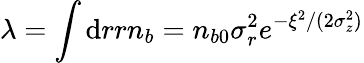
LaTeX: \lambda=\int\mathrm{d}rrn_{b}=n_{b0}\sigma_{r}^{2}e^{-\xi^{2}/(2\sigma_{z}^{2})}